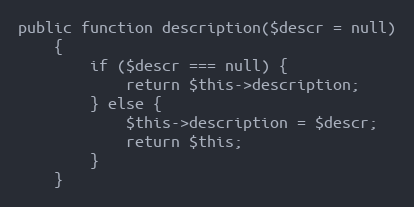
Language: PHP
public function description($descr = null)
    {
        if ($descr === null) {
            return $this->description;
        } else {
            $this->description = $descr;
            return $this;
        }
    }